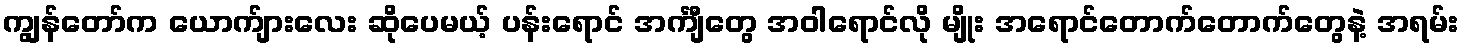
ကျွန်တော်က ယောက်ျားလေး ဆိုပေမယ့် ပန်းရောင် အင်္ကျီတွေ အဝါရောင်လို မျိုး အရောင်တောက်တောက်တွေနဲ့ အရမ်း